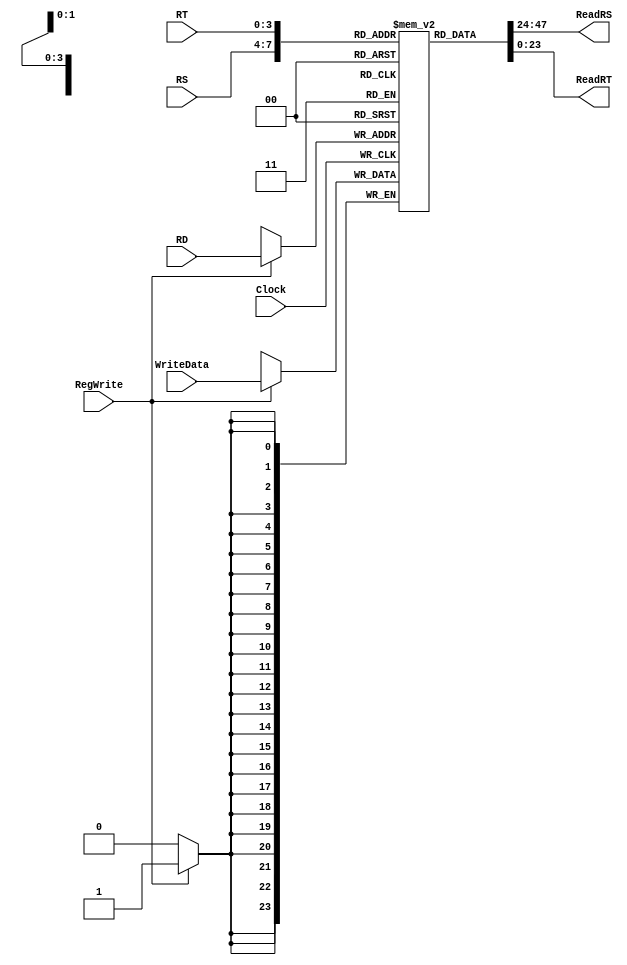
`timescale 1ns / 1ps
//////////////////////////////////////////////////////////////////////////////////
// Company: 
// Engineer: 
// 
// Design Name: 
// Module Name: RegisterFile
// Project Name: 
// Target Devices: 
// Tool Versions: 
// Description: 
// 
// Dependencies: 
// 
// Revision:
// Revision 0.01 - File Created
// Additional Comments:
// 
//////////////////////////////////////////////////////////////////////////////////


module RegisterFile(
input wire[3:0] RS,
input wire[3:0] RT,
input wire[3:0] RD,
input wire[23:0] WriteData,
input wire RegWrite,
input wire Clock,
output wire[23:0] ReadRS,
output wire[23:0] ReadRT
    );
    
reg[23:0] Registers[15:0];

//Reseto te gjithe regjistrat ne 0
integer i;
initial 
begin
for(i=0;i<16;i=i+1)
   Registers[i] <= 24'd0; 
end

//Shkruaj ne regjiter
always @(posedge Clock)
begin
    if(RegWrite) 
        begin
Registers[RD] <= WriteData;
        end
end

//lexo regjistrat ReadData1, ReadData2
assign ReadRS = Registers[RS];
assign ReadRT = Registers[RT];


endmodule